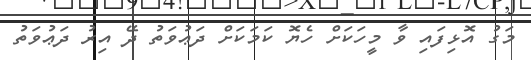
މަގު އޮޅިފައި ވާ މީހަކަށް ހެޔޮ ކަމަކަށް ދަޢުވަތު ދޭ އިރު ދަޢުވަތު